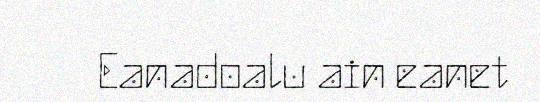
Eanadoalu ain eanet